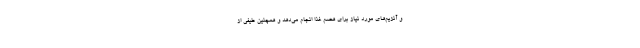
و آنزیم‌های مورد نیاز برای هضم غذا انجام می‌دهد و همچنین طیفی از